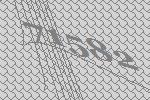
71582